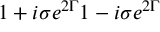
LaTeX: { { 1 + i \sigma e ^ { 2 \Gamma } } \o { 1 - i \sigma e ^ { 2 \Gamma } } }